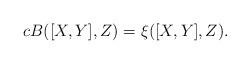
LaTeX: \begin{align*}c B([X,Y],Z) = \xi([X,Y],Z).\end{align*}